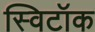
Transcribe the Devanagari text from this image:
स्विटॉक